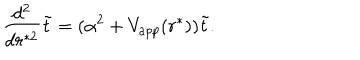
{ \frac { d ^ { 2 } } { d r ^ { * 2 } } } \tilde { t } = ( \alpha ^ { 2 } + V _ { a p p } ( r ^ { * } ) ) \tilde { t } .